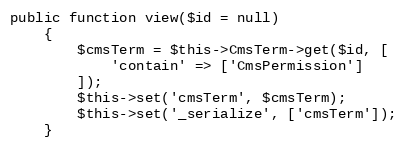
Language: PHP
public function view($id = null)
    {
        $cmsTerm = $this->CmsTerm->get($id, [
            'contain' => ['CmsPermission']
        ]);
        $this->set('cmsTerm', $cmsTerm);
        $this->set('_serialize', ['cmsTerm']);
    }